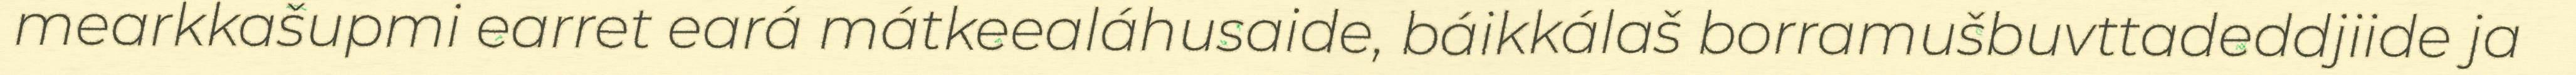
mearkkašupmi earret eará mátkeealáhusaide, báikkálaš borramušbuvttadeddjiide ja